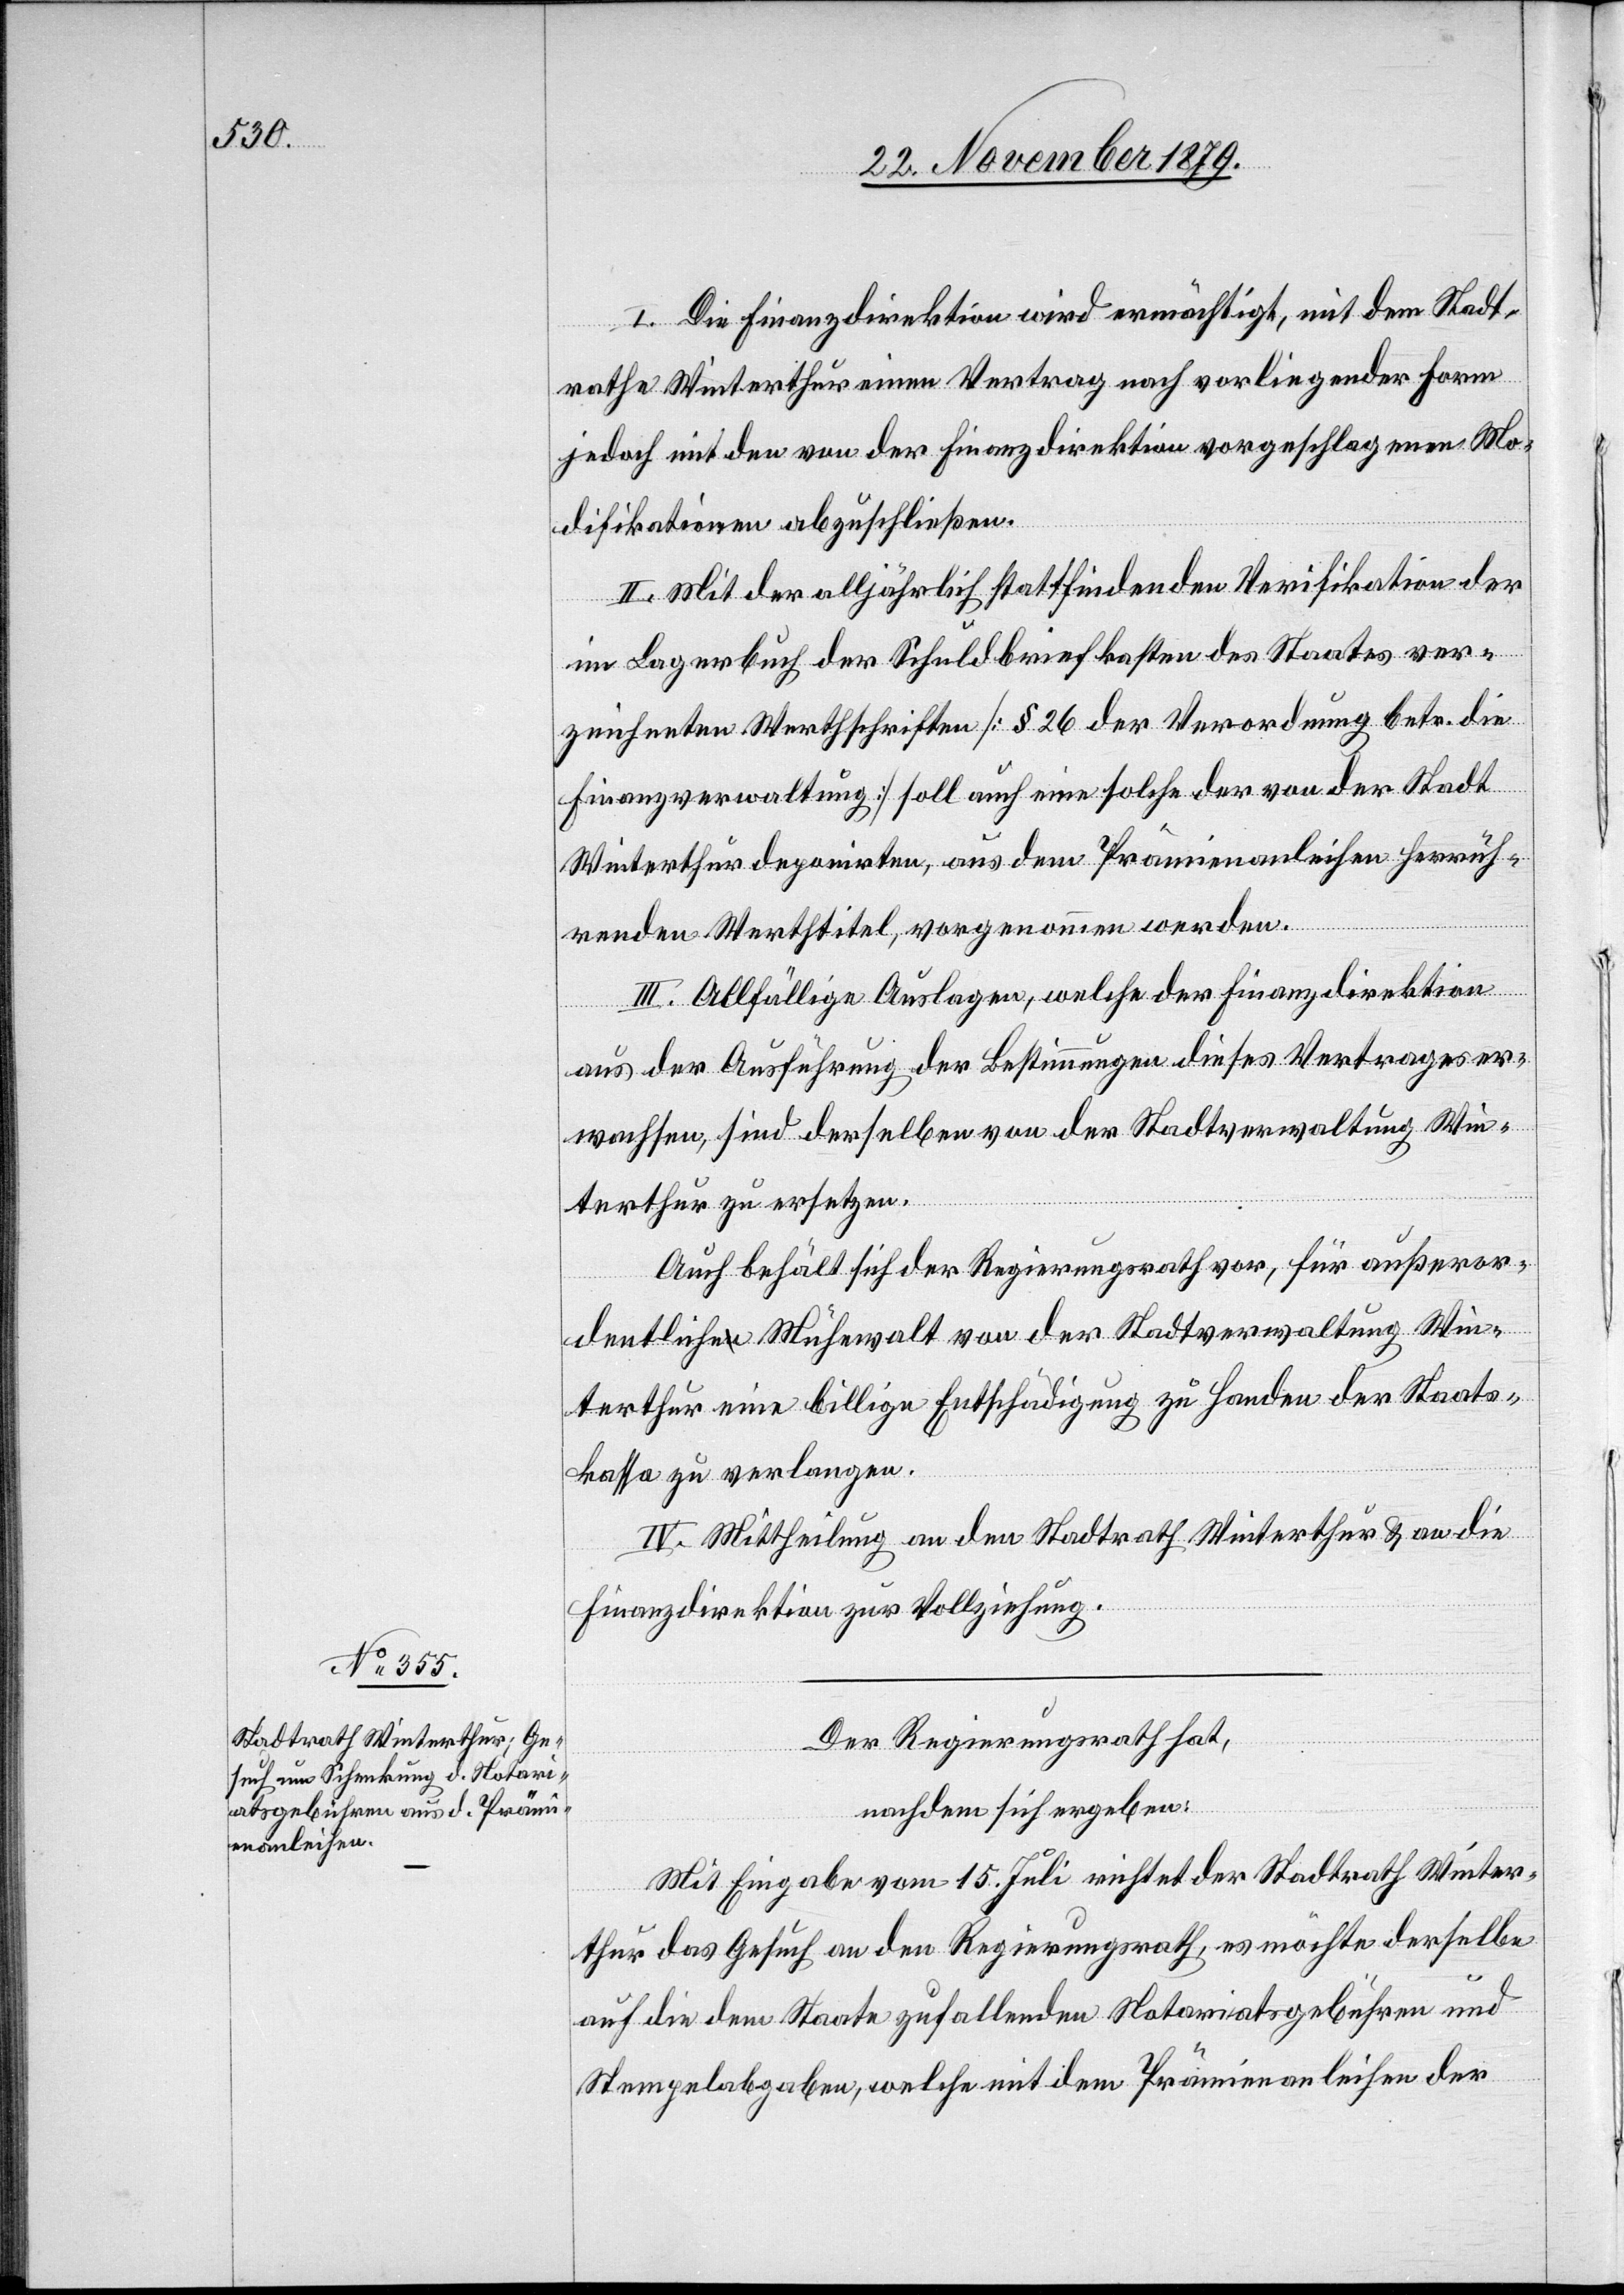
I. Die Finanzdirektion wird ermächtigt, mit dem Stadt¬
rathe Winterthur einen Vertrag nach vorliegender Form
jedoch mit den von der Finanzdirektion vorgeschlagenen Mo¬
difikationen abzuschließen.
II. Mit der alljährlich stattfindenden Verifikation der
im Lagerbuch der Schuldbriefkasten des Staates ver¬
zeichneten Werthschriften [§ 26 der Verordnung betr. die
Finanzverwaltung] soll auch eine solche der von der Stadt
Winterthur deponirten, aus dem Prämienanleihen herrüh¬
renden Werthtitel, vorgenommen werden.
III. Allfällige Auslagen, welche der Finanzdirektion
aus der Ausführung der Bestimmungen dieses Vertrages er¬
wachsen, sind derselben von der Stadtverwaltung Win¬
terthur zu ersetzen.
Auch behält sich der Regierungsrath, für außeror¬
dentliche Mühewalt von der Stadtverwaltung Win¬
terthur eine billige Entschädigung zu Handen der Staats¬
kassa zu verlangen.
IV. Mittheilung an den Stadtrath Winterthur & an die
Finanzdirektion zur Vollziehung.
Der Regierungsrath hat,
nachdem sich ergeben:
Mit Eingabe vom 15. Juli richtet der Stadtrath Winter¬
thur das Gesuch an den Regierungsrath, es möchte derselbe
auf die dem Staate zufallenden Notariatsgebühren und
Stempelabgaben, welche mit dem Prämienanleihen der